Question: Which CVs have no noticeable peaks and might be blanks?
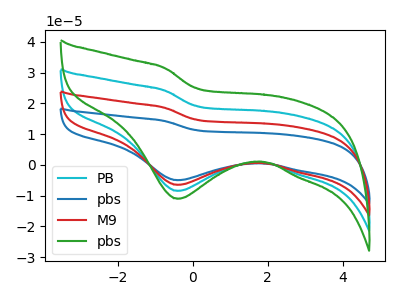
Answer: <think>The cyan curve "PB" has a cathodic peak at: (-0.40V, -8.45uA). The blue curve "pbs" has a cathodic peak at: (-0.40V, -25.40uA). The red curve "M9" has a cathodic peak at: (-0.40V, -16.95uA). The green curve "pbs" has a cathodic peak at: (-0.40V, -11.05uA).</think>
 <answer>There are not any CV's on this graph that are likely to be blanks.</answer>
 <eval>none</eval>